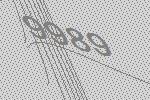
9989